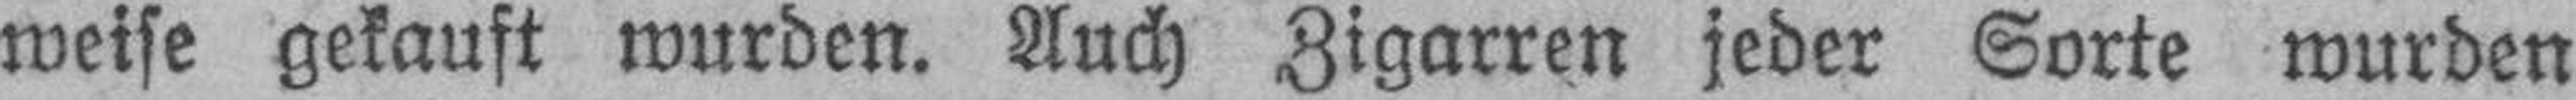
weise gekauft wurden. Auch Zigarren jeder Sorte wurden